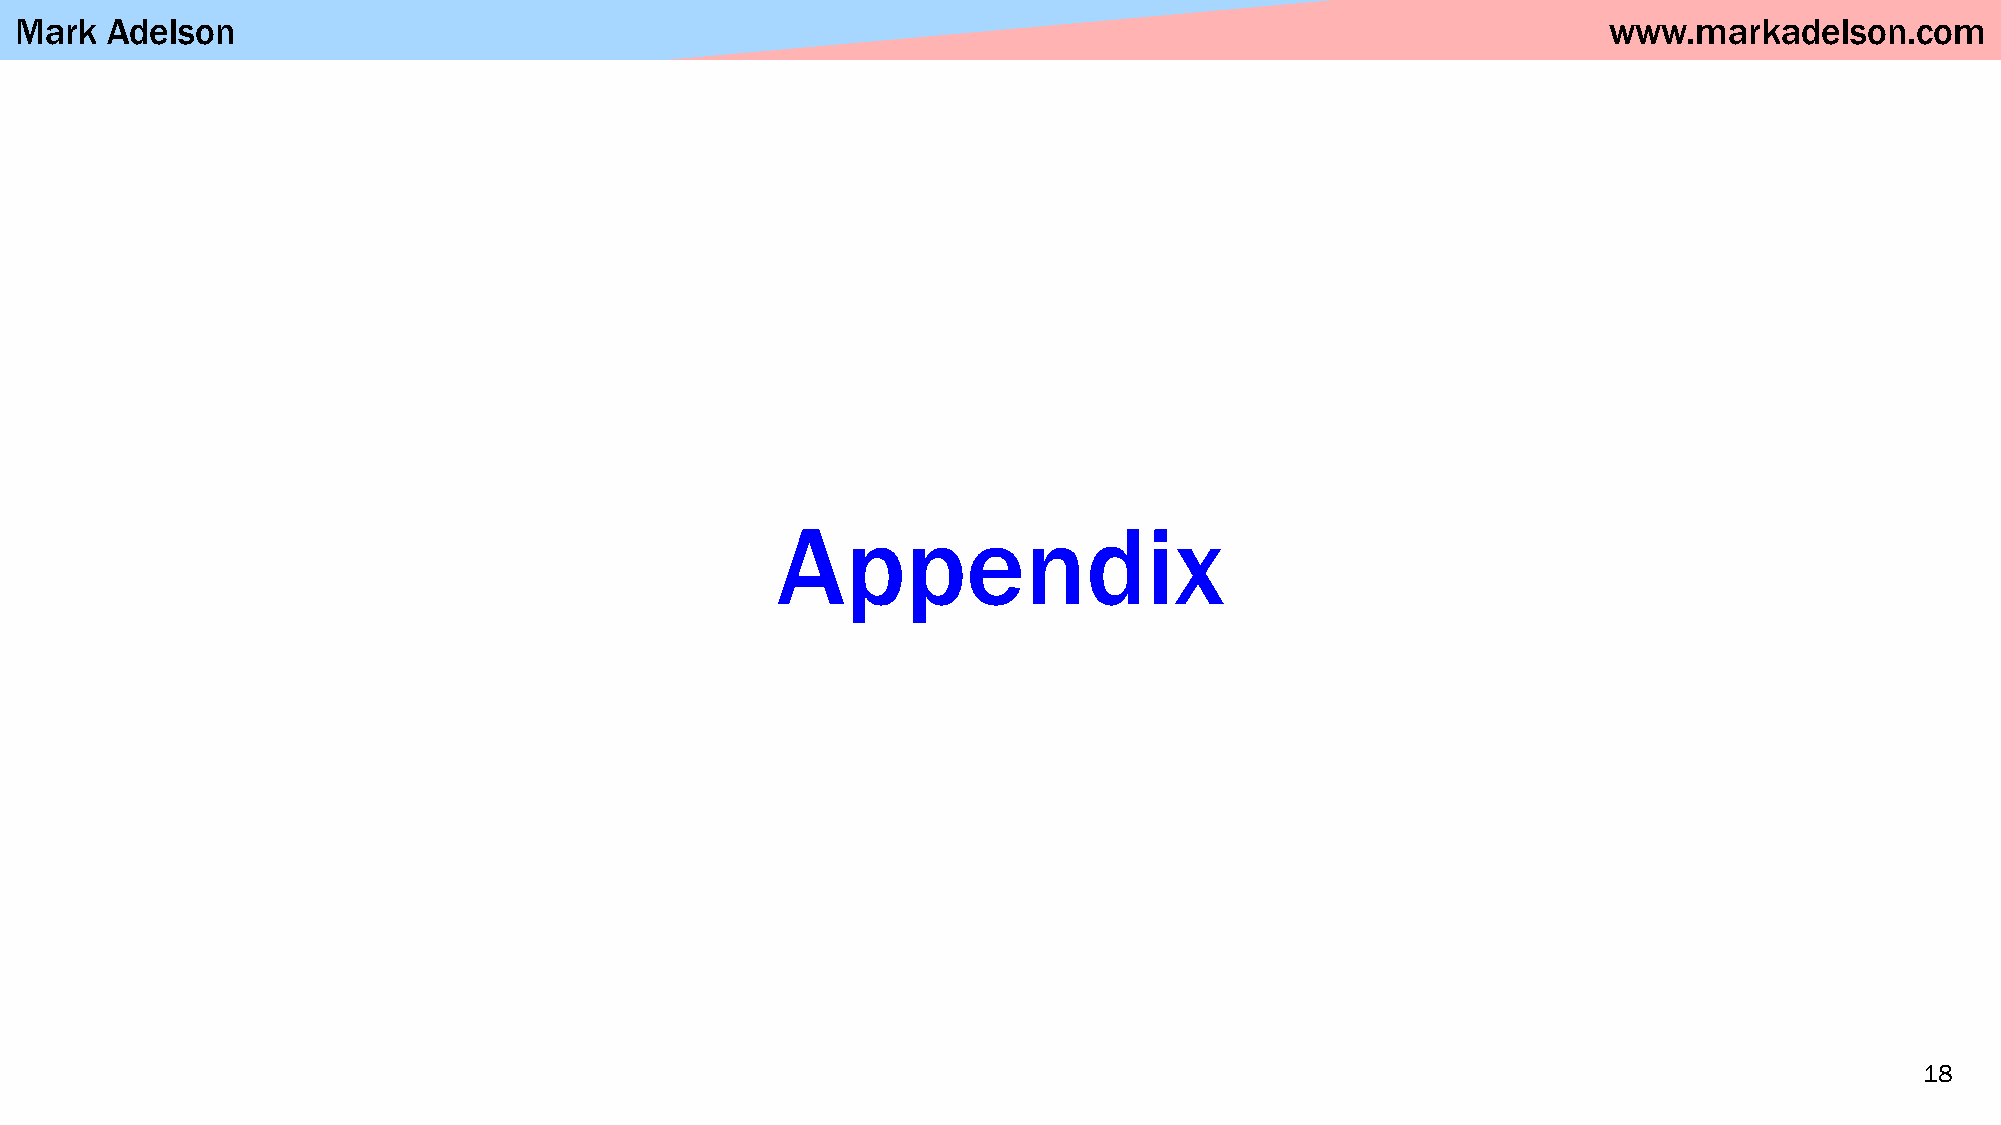
Mark  Adelson                                                                                            www.markadelson.com
 Appendix
 18